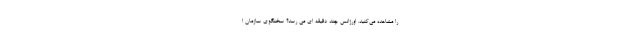
را مشاهده می‌کنید. اورژانس چند دقیقه ‌ای می رسد؟‌ سخنگوی سازمان ا